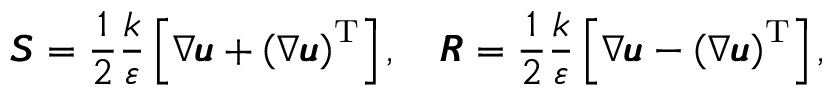
\pmb { S } = \frac { 1 } { 2 } \frac { k } { \varepsilon } \left[ \nabla \pmb { u } + \left( \nabla \pmb { u } \right) ^ { \operatorname { T } } \right] , \quad \pmb { R } = \frac { 1 } { 2 } \frac { k } { \varepsilon } \left[ \nabla \pmb { u } - \left( \nabla \pmb { u } \right) ^ { \operatorname { T } } \right] ,